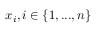
x _ { i } , i \in \{ 1 , . . . , n \}